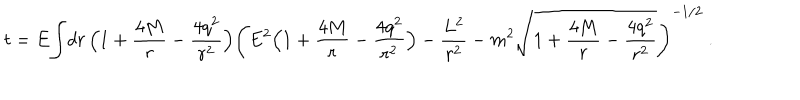
LaTeX: t = E { \int } { d r \, \Bigl ( 1 + { \frac { 4 M } { r } } - { \frac { 4 q ^ { 2 } } { r ^ { 2 } } } \Bigr ) \left( { E ^ { 2 } \Bigl ( 1 + { \frac { 4 M } { r } } - { \frac { 4 q ^ { 2 } } { r ^ { 2 } } } \Bigr ) - { \frac { L ^ { 2 } } { r ^ { 2 } } } - m ^ { 2 } \sqrt { 1 + { \frac { 4 M } { r } } - { \frac { 4 q ^ { 2 } } { r ^ { 2 } } } } } \right) ^ { - 1 / 2 } } \ .